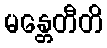
မန္တေတီတိ